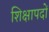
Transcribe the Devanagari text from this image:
शिक्षापदों